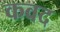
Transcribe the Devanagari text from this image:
कवद